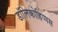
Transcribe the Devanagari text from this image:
डॉलिकोहिप्पस